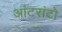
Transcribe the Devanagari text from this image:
आंटरांटो